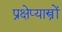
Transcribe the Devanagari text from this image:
प्रक्षेप्यास्त्रों